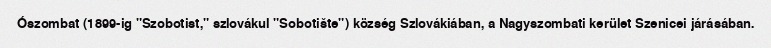
Ószombat (1899-ig "Szobotist," szlovákul "Sobotište") község Szlovákiában, a Nagyszombati kerület Szenicei járásában.